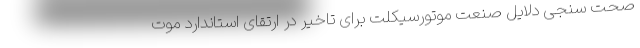
صحت سنجی دلایل صنعت موتورسیکلت برای تاخیر در ارتقای استاندارد موت